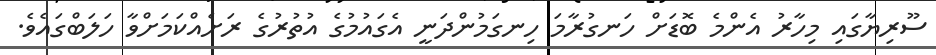
ސޫރިޔާގައި މިހާރު އެންމެ ބޮޑަށް ހަނގުރާމަ ހިނގަމުންދަނީ އެގައުމުގެ އުތުރުގެ ރަށެއްކަމަށްވާ ހަލަބްގައެވެ.